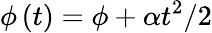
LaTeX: \phi\left(t\right)=\phi+\alpha t^{2}/2